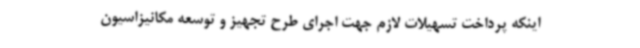
اینکه پرداخت تسهیلات لازم جهت اجرای طرح تجهیز و توسعه مکانیزاسیون